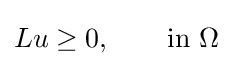
Lu\geq 0,\qquad {\textrm {in}}~\Omega